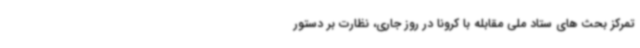
تمرکز بحث های ستاد ملی مقابله با کرونا در روز جاری، نظارت بر دستور